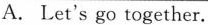
A. Let's go together.